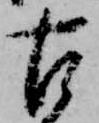
古